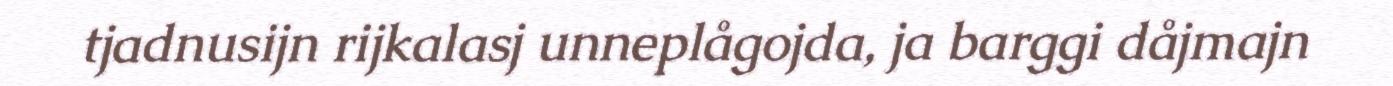
tjadnusijn rijkalasj unneplågojda, ja barggi dåjmajn